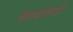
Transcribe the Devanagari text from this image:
सेवकासाठी